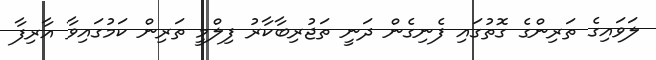
ލަވައިގެ ތަރިންގެ ގޮތުގައި ފެނިގެން ދަނީ ތަޖުރިބާކާރު ފިލްމީ ތަރިން ކަމުގައިވާ އާރިފާ